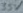
Text: 35V